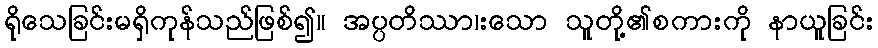
ရိုသေခြင်းမရှိကုန်သည်ဖြစ်၍။ အပ္ပတိဿာ၊းသော သူတို့၏စကားကို နာယူခြင်း